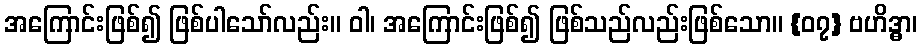
အကြောင်းဖြစ်၍ ဖြစ်ပါသော်လည်း။ ဝါ၊ အကြောင်းဖြစ်၍ ဖြစ်သည်လည်းဖြစ်သော။ {၀၇} ဗဟိဒ္ဓာ၊